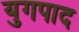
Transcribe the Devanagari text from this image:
युगपाद